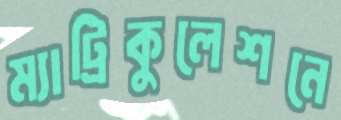
ম্যাট্রিকুলেশনে